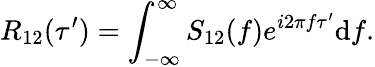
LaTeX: R_{12}(\tau^{\prime})=\int_{-\infty}^{\infty}S_{12}(f)e^{i2\pi f\tau^{\prime}}\mathrm{d}f.